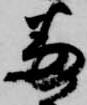
番